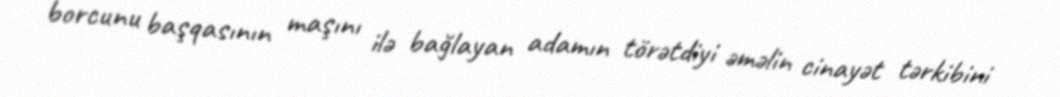
borcunu başqasının maşını ilə bağlayan adamın törətdiyi əməlin cinayət tərkibini